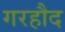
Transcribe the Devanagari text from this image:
गरहौद